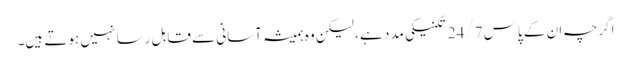
اگرچہ ان کے پاس 24/7 تکنیکی مدد ہے ، لیکن وہ ہمیشہ آسانی سے قابل رسا نہیں ہوتے ہیں۔